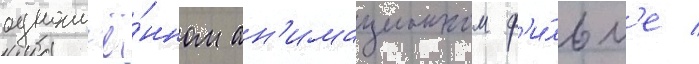
одноим'ё́нном ан'имационном ф'и́льм'е /